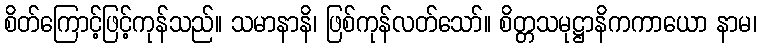
စိတ်ကြောင့်ဖြင့်ကုန်သည်။ သမာနာနိ၊ ဖြစ်ကုန်လတ်သော်။ စိတ္တသမုဋ္ဌာနိကကာယော နာမ၊